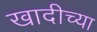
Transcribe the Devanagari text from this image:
खादीच्या